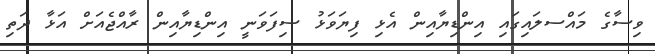
ވިސާގެ މައްސލައިގައި އިންޑިޔާއިން އެޅި ފިޔަވަޅު ސިފަވަނީ އިންޑިޔާއިން ރާއްޖެއަށް އަޅާ ދަތި